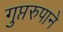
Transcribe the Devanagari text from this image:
गुप्तरुपाने